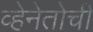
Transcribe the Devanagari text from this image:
व्हेनेतोची